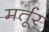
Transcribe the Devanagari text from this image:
मर्तूर